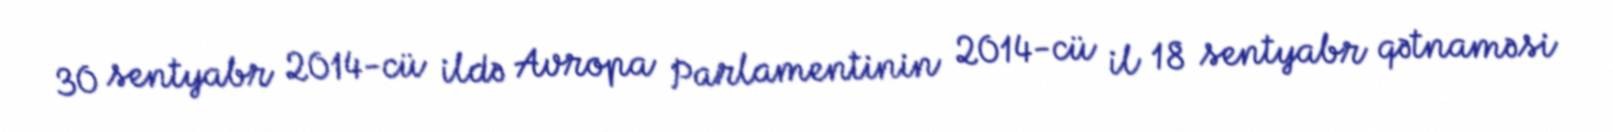
30 sentyabr 2014-cü ildə Avropa Parlamentinin 2014-cü il 18 sentyabr qətnaməsi